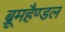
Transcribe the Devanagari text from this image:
ब्रूमहैण्डल